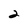
Character: 2